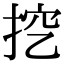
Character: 挖